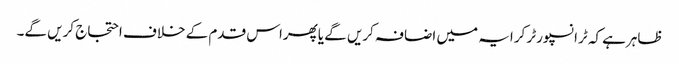
ظاہرہے کہ ٹرانسپورٹر کرایہ میں اضافہ کریں گے یاپھراس قدم کے خلاف احتجاج کریں گے۔